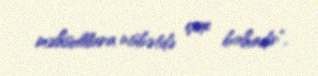
məhsullara nisbətdə çox bahadır”.